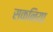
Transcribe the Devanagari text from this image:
सकनिया